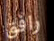
رافق